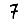
Digit: 7